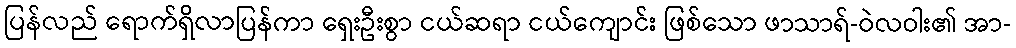
ပြန်လည် ရောက်ရှိလာပြန်ကာ ရှေးဦးစွာ ငယ်ဆရာ ငယ်ကျောင်း ဖြစ်သော ဖာသာရ်-ဝဲလဝါး၏ အာ-